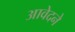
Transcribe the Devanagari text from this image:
आवेदने